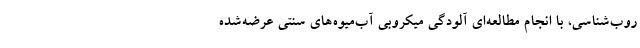
روب‌شناسی، با انجام مطالعه‌ای آلودگی میکروبی آب‌میوه‌های سنتی عرضه‌شده